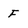
Character: F